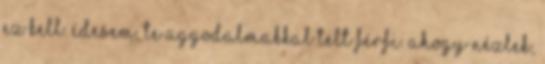
ez kell. Édesem, te aggodalmakkal telt férfi. Ahogy nézlek,